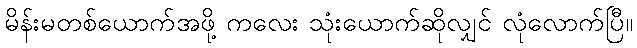
မိန်းမတစ်ယောက်အဖို့ ကလေး သုံးယောက်ဆိုလျှင် လုံလောက်ပြီ။